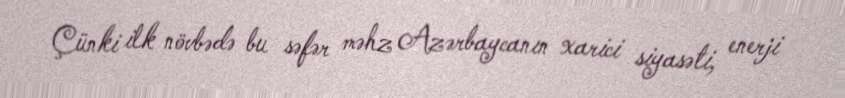
Çünki ilk növbədə bu səfər məhz Azərbaycanın xarici siyasəti, enerji